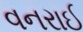
વનરાઈ